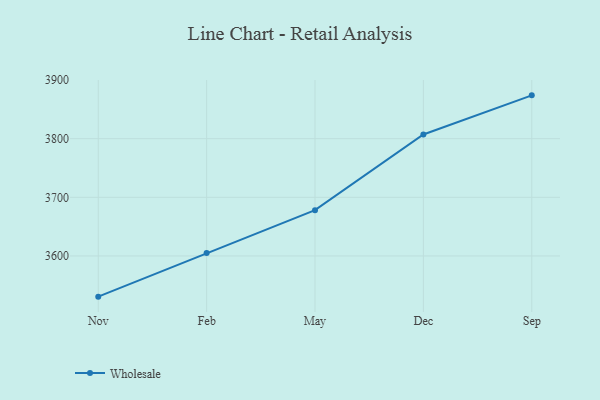
{"axis": {"x": "Month", "y": "Net Income (USD K)"}, "legend": ["Wholesale"], "data": [{"x": "Nov", "y": 3530.6, "type": "Wholesale"}, {"x": "Feb", "y": 3604.9, "type": "Wholesale"}, {"x": "May", "y": 3678.1, "type": "Wholesale"}, {"x": "Dec", "y": 3807.1, "type": "Wholesale"}, {"x": "Sep", "y": 3873.9, "type": "Wholesale"}]}